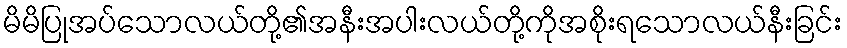
မိမိပြုအပ်သောလယ်တို့၏အနီးအပါးလယ်တို့ကိုအစိုးရသောလယ်နီးခြင်း